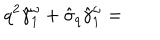
q ^ { 2 } \hat { \gamma } _ { 1 } ^ { \omega } + \hat { \sigma } _ { q } \hat { \gamma } _ { 1 } ^ { \omega } =